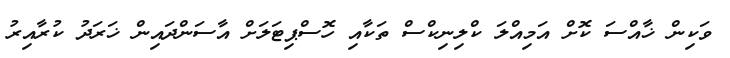
ވަކިން ޚާއްސަ ކޮށް އަމިއްލަ ކްލިނިކްސް ތަކާއި ހޮސްޕިޓަލަށް އާސަންދައިން ޚަރަދު ކުރާއިރު